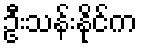
ဦးသန်းနိုင်က